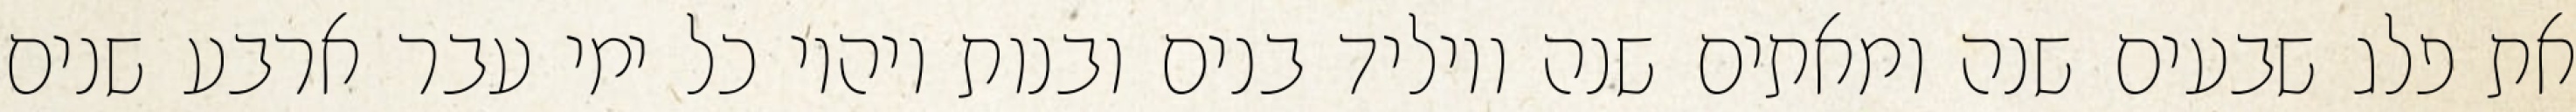
את פלג שבעים שנה ומאתים שנה ויוליד בנים ובנות ויהיו כל ימי עבר ארבע שנים